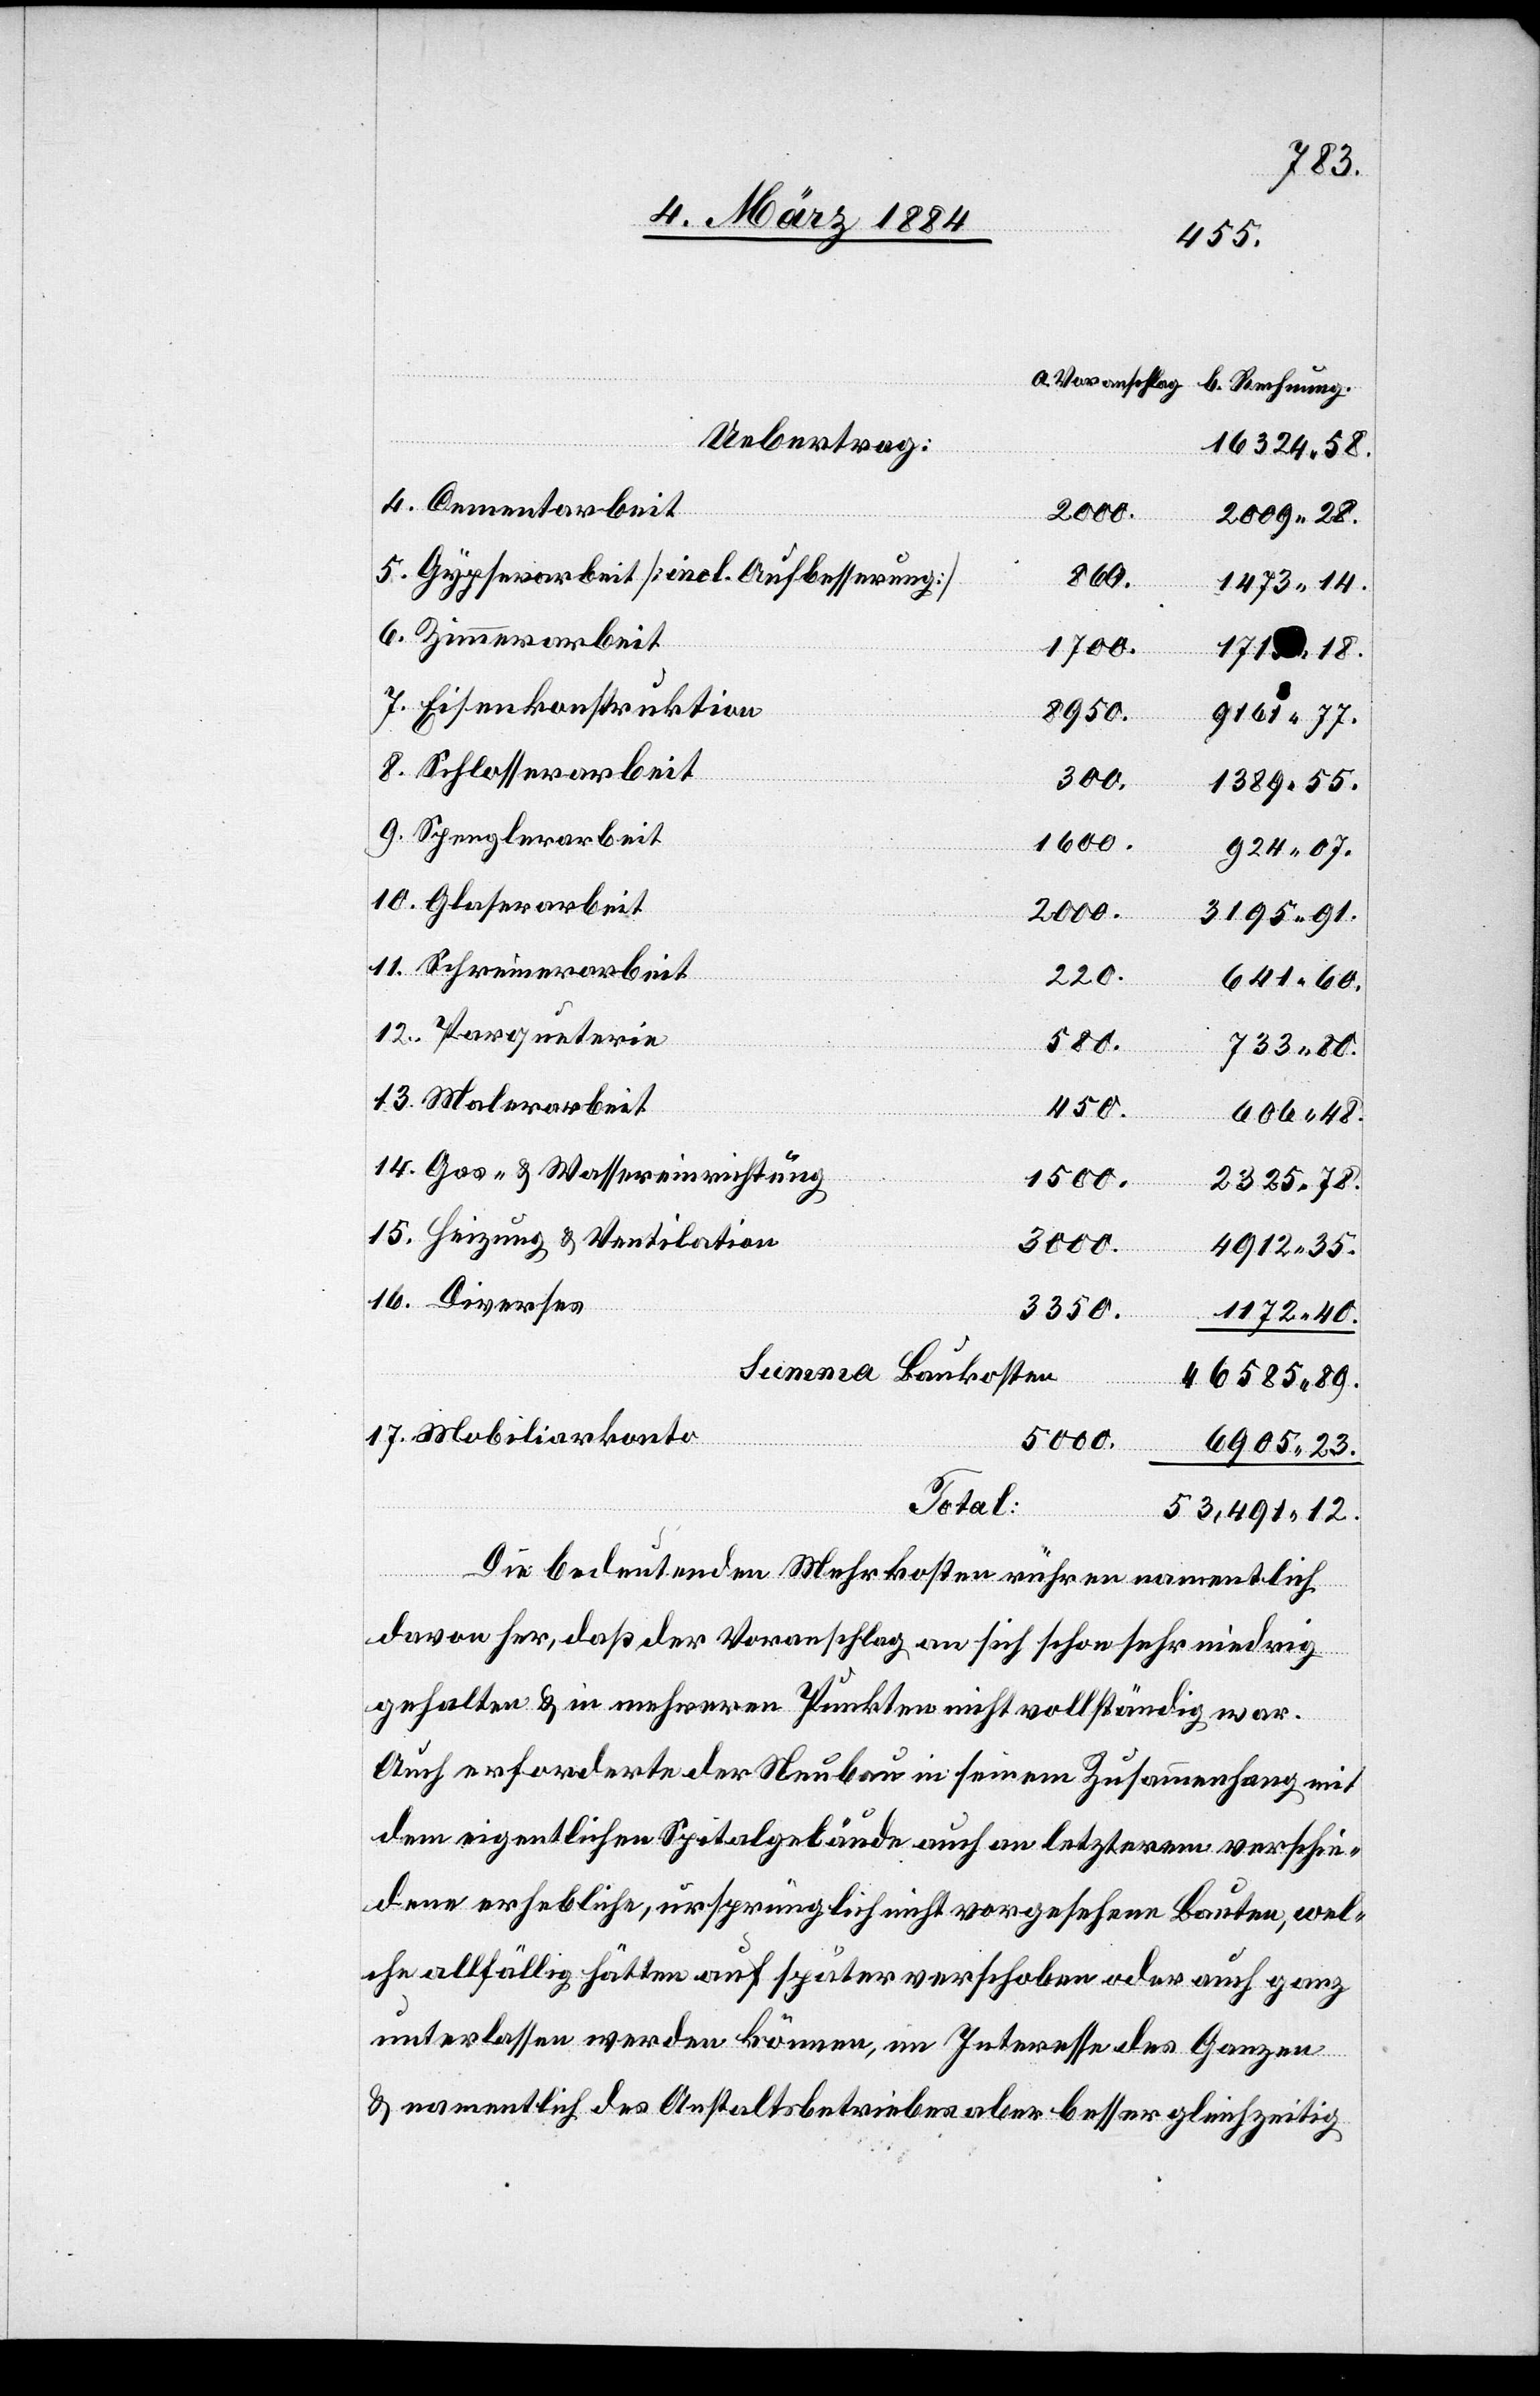
16.
15.
Uebertrag:
16324 58.
2000.
2009 28.
Gypserarbeit [incl. Aufbesserung]
14.
1700.
171 18.
Eisenkonstruktion
8950.
9161 77.
Schlosserarbeit
300.
1389 55.
Spenglerarbeit
1600.
924 07.
2000.
3195 91.
220.
641 60.
Parqueterie
580.
733 80.
Malerarbeit
450.
beit
606 48.
Gas- & Wassereinrichtung
1500.
2325 78.
Heizung & Ventilation
3000.
4912 35.
3350.
1172 40.
Summa Baukosten
46585 89.
Mobiliarkonto
5000.
6905 23.
Total:
Diverses
53,491 12.
Die bedeutenden Mehrkosten rühren namentlich
davon her, daß der Voranschlag an sich schon sehr niedrig
gehalten & in mehreren Punkten nicht vollständig war.
Auch erforderte der Neubau in seinem Zusammenhang mit
dem eigentlichen Spitalgebäude auch an letzterem verschie¬
dene erhebliche, ursprünglich nicht vorgesehenen Bauten, wel¬
che allfällig hätten auf später verschoben oder auch ganz
unterlassen werden können, im Interesse des Ganzen
& namentlich des Anstaltsbetriebes aber besser gleichzeitig